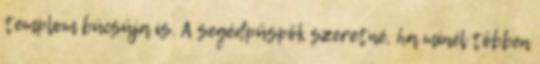
templom búcsúja is. A segédpüspök szeretné, ha minél többen